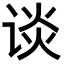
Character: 谈